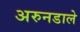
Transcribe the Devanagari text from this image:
अरुनडाले